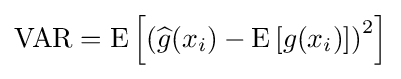
\operatorname {VAR} =\operatorname {E} \left[\left({\widehat {g}}(x_{i})-\operatorname {E} \left[{g}(x_{i})\right]\right)^{2}\right]